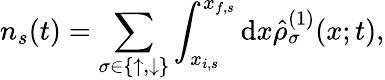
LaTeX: n_{s}(t)=\sum_{\sigma\in\{ \uparrow,\downarrow\} }\int_{x_{i,s}}^{x_{f,s}}\mathrm{d}x\hat{\rho}_{\sigma}^{(1)}(x;t),